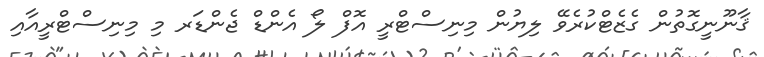
ޤާނޫނީގޮތުން ގެޒެޓްކުރެވޭ ލިޔުން މިނިސްޓްރީ އޮފް ލޯ އެންޑް ޖެންޑަރ މި މިނިސްޓްރީއާއި